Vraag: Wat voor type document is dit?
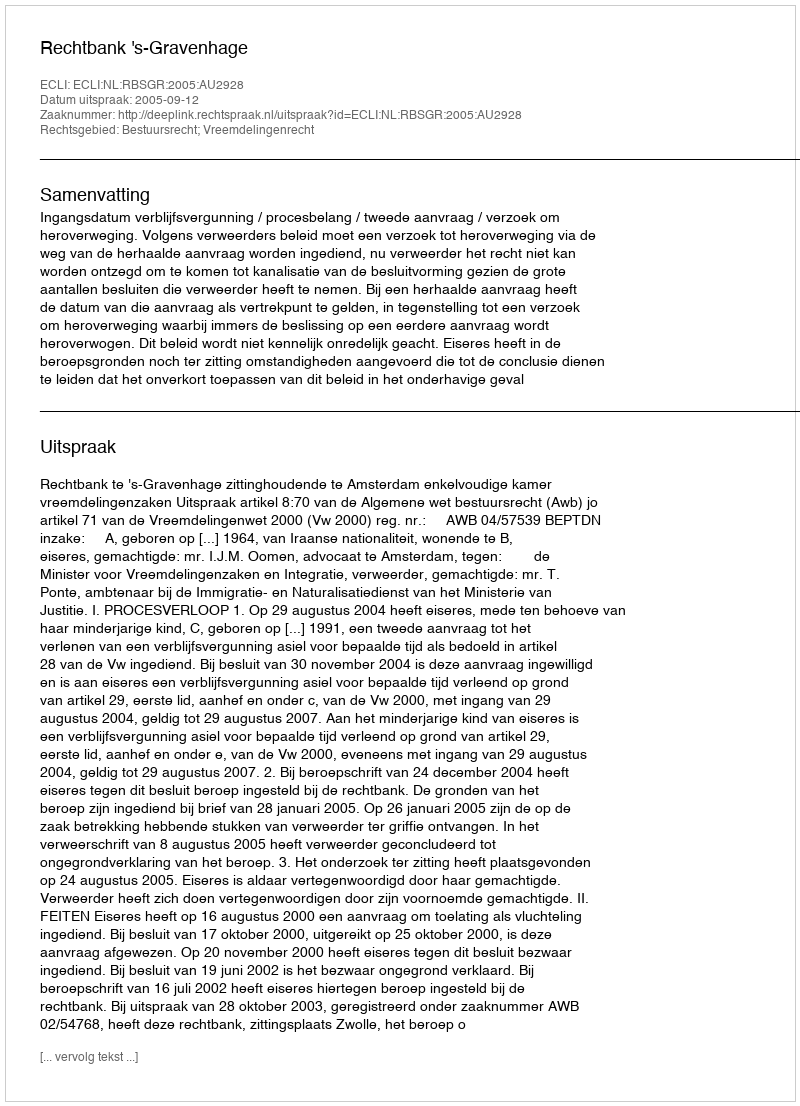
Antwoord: Uitspraak